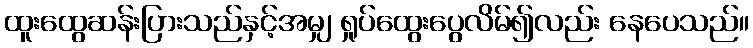
ထူးထွေဆန်းပြားသည်နှင့်အမျှ ရှုပ်ထွေးပွေလိမ်၍လည်း နေပေသည်။